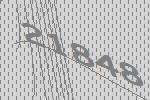
21848